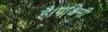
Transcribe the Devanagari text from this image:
है।पश्चिमी